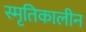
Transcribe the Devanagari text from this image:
स्मृतिकालीन